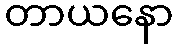
တာယနော